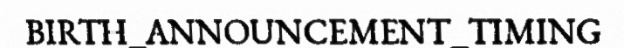
BIRTH_ANNOUNCEMENT_TIMING